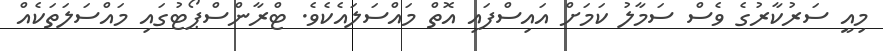
މިއީ ސަރުކާރުގެ ވެސް ސަމާލު ކަމަށް އައިސްފައި އޮތް މައްސަލައެކެވެ. ޓްރާންސްޕޯޓުގައި މައްސަލަތަކެއް